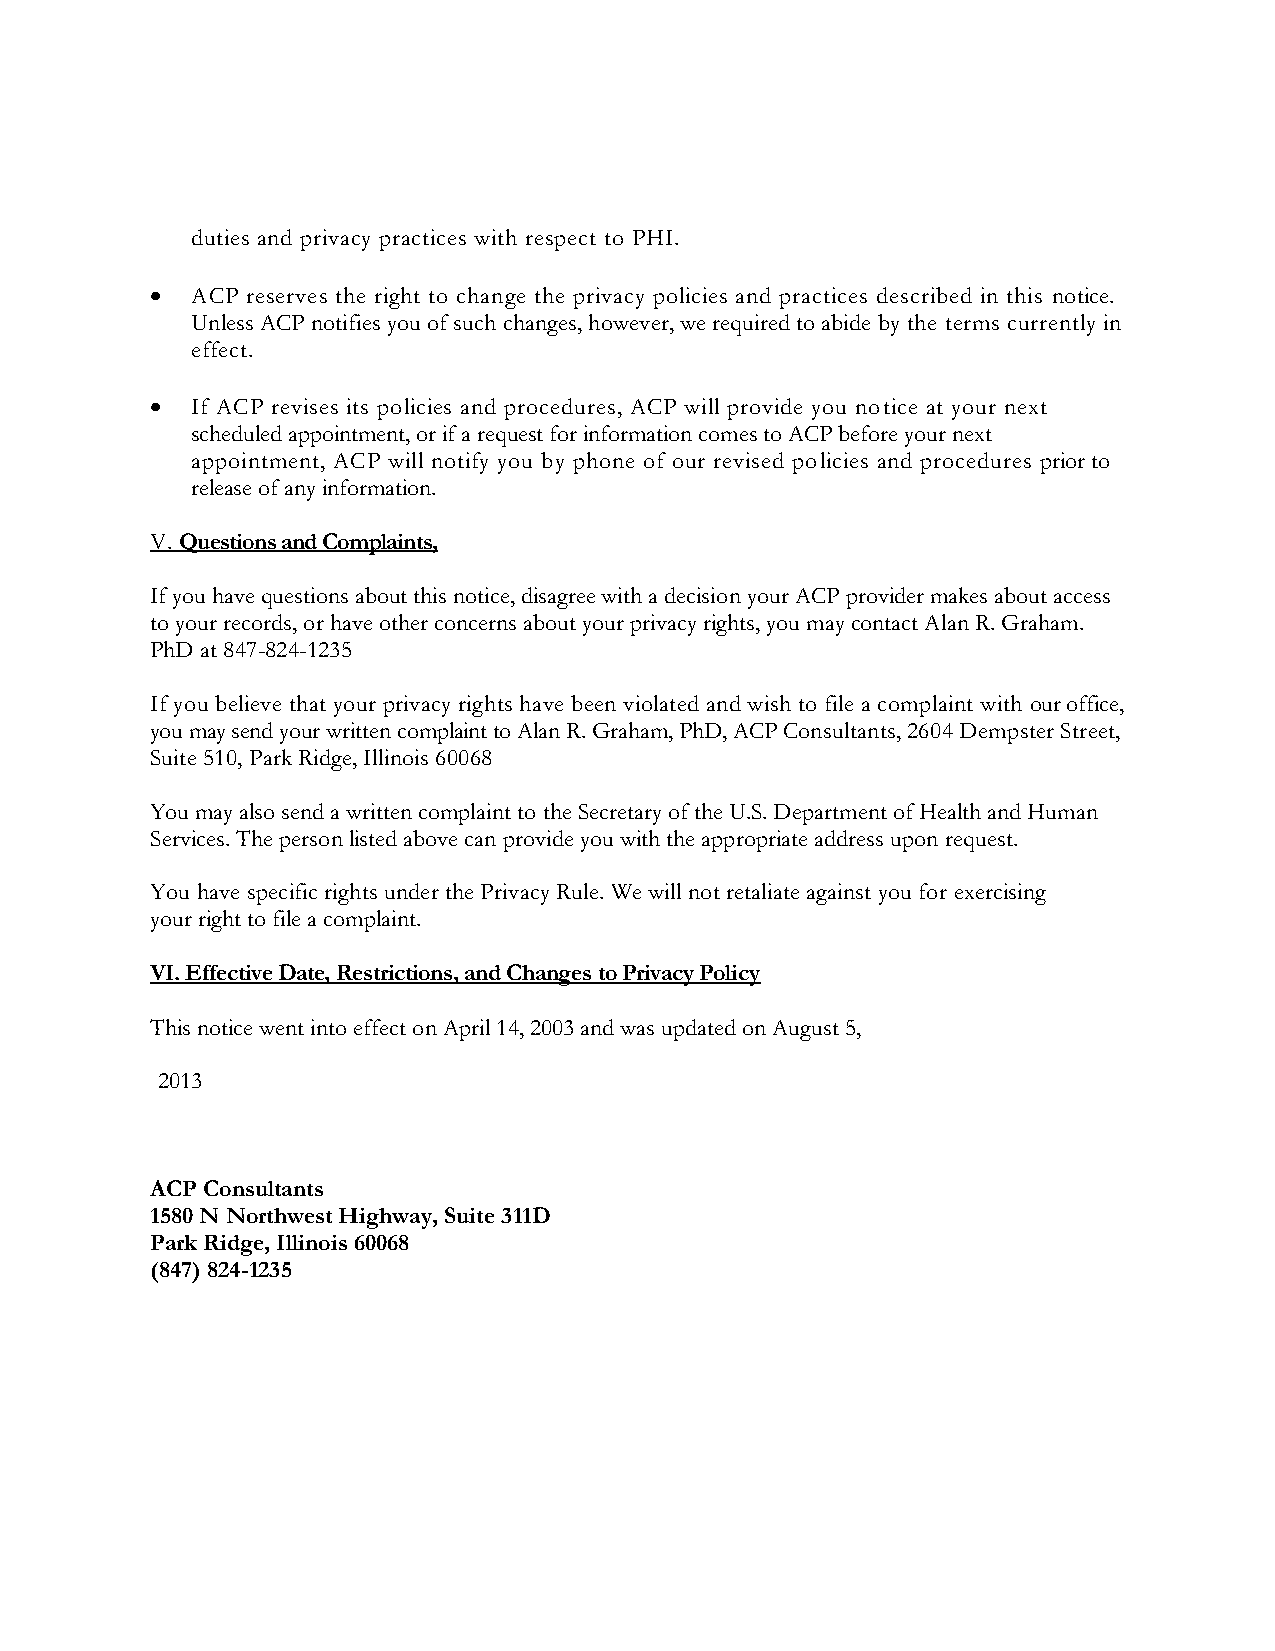
duties and privacy practices with respect to PHI.
 •  ACP reserves the right to change the privacy policies and practices described in this notice.
 Unless ACP notifies you of such changes, however, we required to abide by the terms currently in
 effect.
 •  If ACP revises its policies and procedures, ACP will provide you notice at your next
 scheduled appointment, or if a request for information comes to ACP before your next
 appointment, ACP will notify you by phone of our revised policies and procedures prior to
 release of any information.
 V. Questions and Complaints,
 If you have questions about this notice, disagree with a decision your ACP provider makes about access
 to your records, or have other concerns about your privacy rights, you may contact Alan R. Graham.
 PhD at 847-824-1235
 If you believe that your privacy rights have been violated and wish to file a complaint with our office,
 you may send your written complaint to Alan R. Graham, PhD, ACP Consultants, 2604 Dempster Street,
 Suite 510, Park Ridge, Illinois 60068
 You may also send a written complaint to the Secretary of the U.S. Department of Health and Human
 Services. The person listed above can provide you with the appropriate address upon request.
 You have specific rights under the Privacy Rule. We will not retaliate against you for exercising
 your right to file a complaint.
 VI. Effective Date, Restrictions, and Changes to Privacy Policy
 This notice went into effect on April 14, 2003 and was updated on August 5,
 2013
 ACP Consultants
 1580 N Northwest Highway, Suite 311D
 Park Ridge, Illinois 60068
 (847) 824-1235